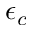
\epsilon _ { c }